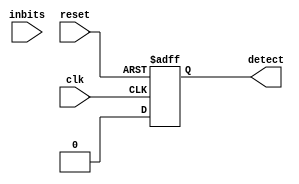
module pair_detect (clk, inbits, detect, reset);
  input clk;
  input inbits;
  input reset;
  output reg detect;
  
  reg [1:0] state;
  
  initial begin
    state = 3'b000;
  end 
  
  always @(posedge clk, posedge reset ) begin 
    if (reset)
      state <= 3'b000;
    else begin
      case (state)
        3'b000: begin
          if (inbits) state <= 3'b001;
          else state <= 3'b000;
        end
        3'b001: begin
          if (inbits) state <= 3'b010;
          else state <= 3'b011;
        end
        3'b010: begin
          if (inbits) state <= 3'b011;
          else state <= 3'b010;	
        end
        3'b011: begin
          if (inbits) state <= 3'b100;
          else state <= 3'b101;
        end
        3'b100: begin
          if (inbits) state <= 3'b101;
          else state <= 3'b110;
        end
        3'b101: begin
          if (inbits) state <= 3'b111;
          else state <= 3'b110;
        end
        3'b110: begin
          if (inbits) state <= 3'b111;
          else state <= 3'b110;
        end	
        3'b111: begin
          if (inbits) state <= 3'b011;
          else state <= 3'b100;
        end 
      endcase
    end
  end
 
  always @(posedge clk, posedge reset) begin
    if (reset)
      detect <= 0;
    else if (state == 3'b111)
      detect <= 1;
    else
      detect <= 0;
  end
endmodule